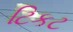
ટિકટ